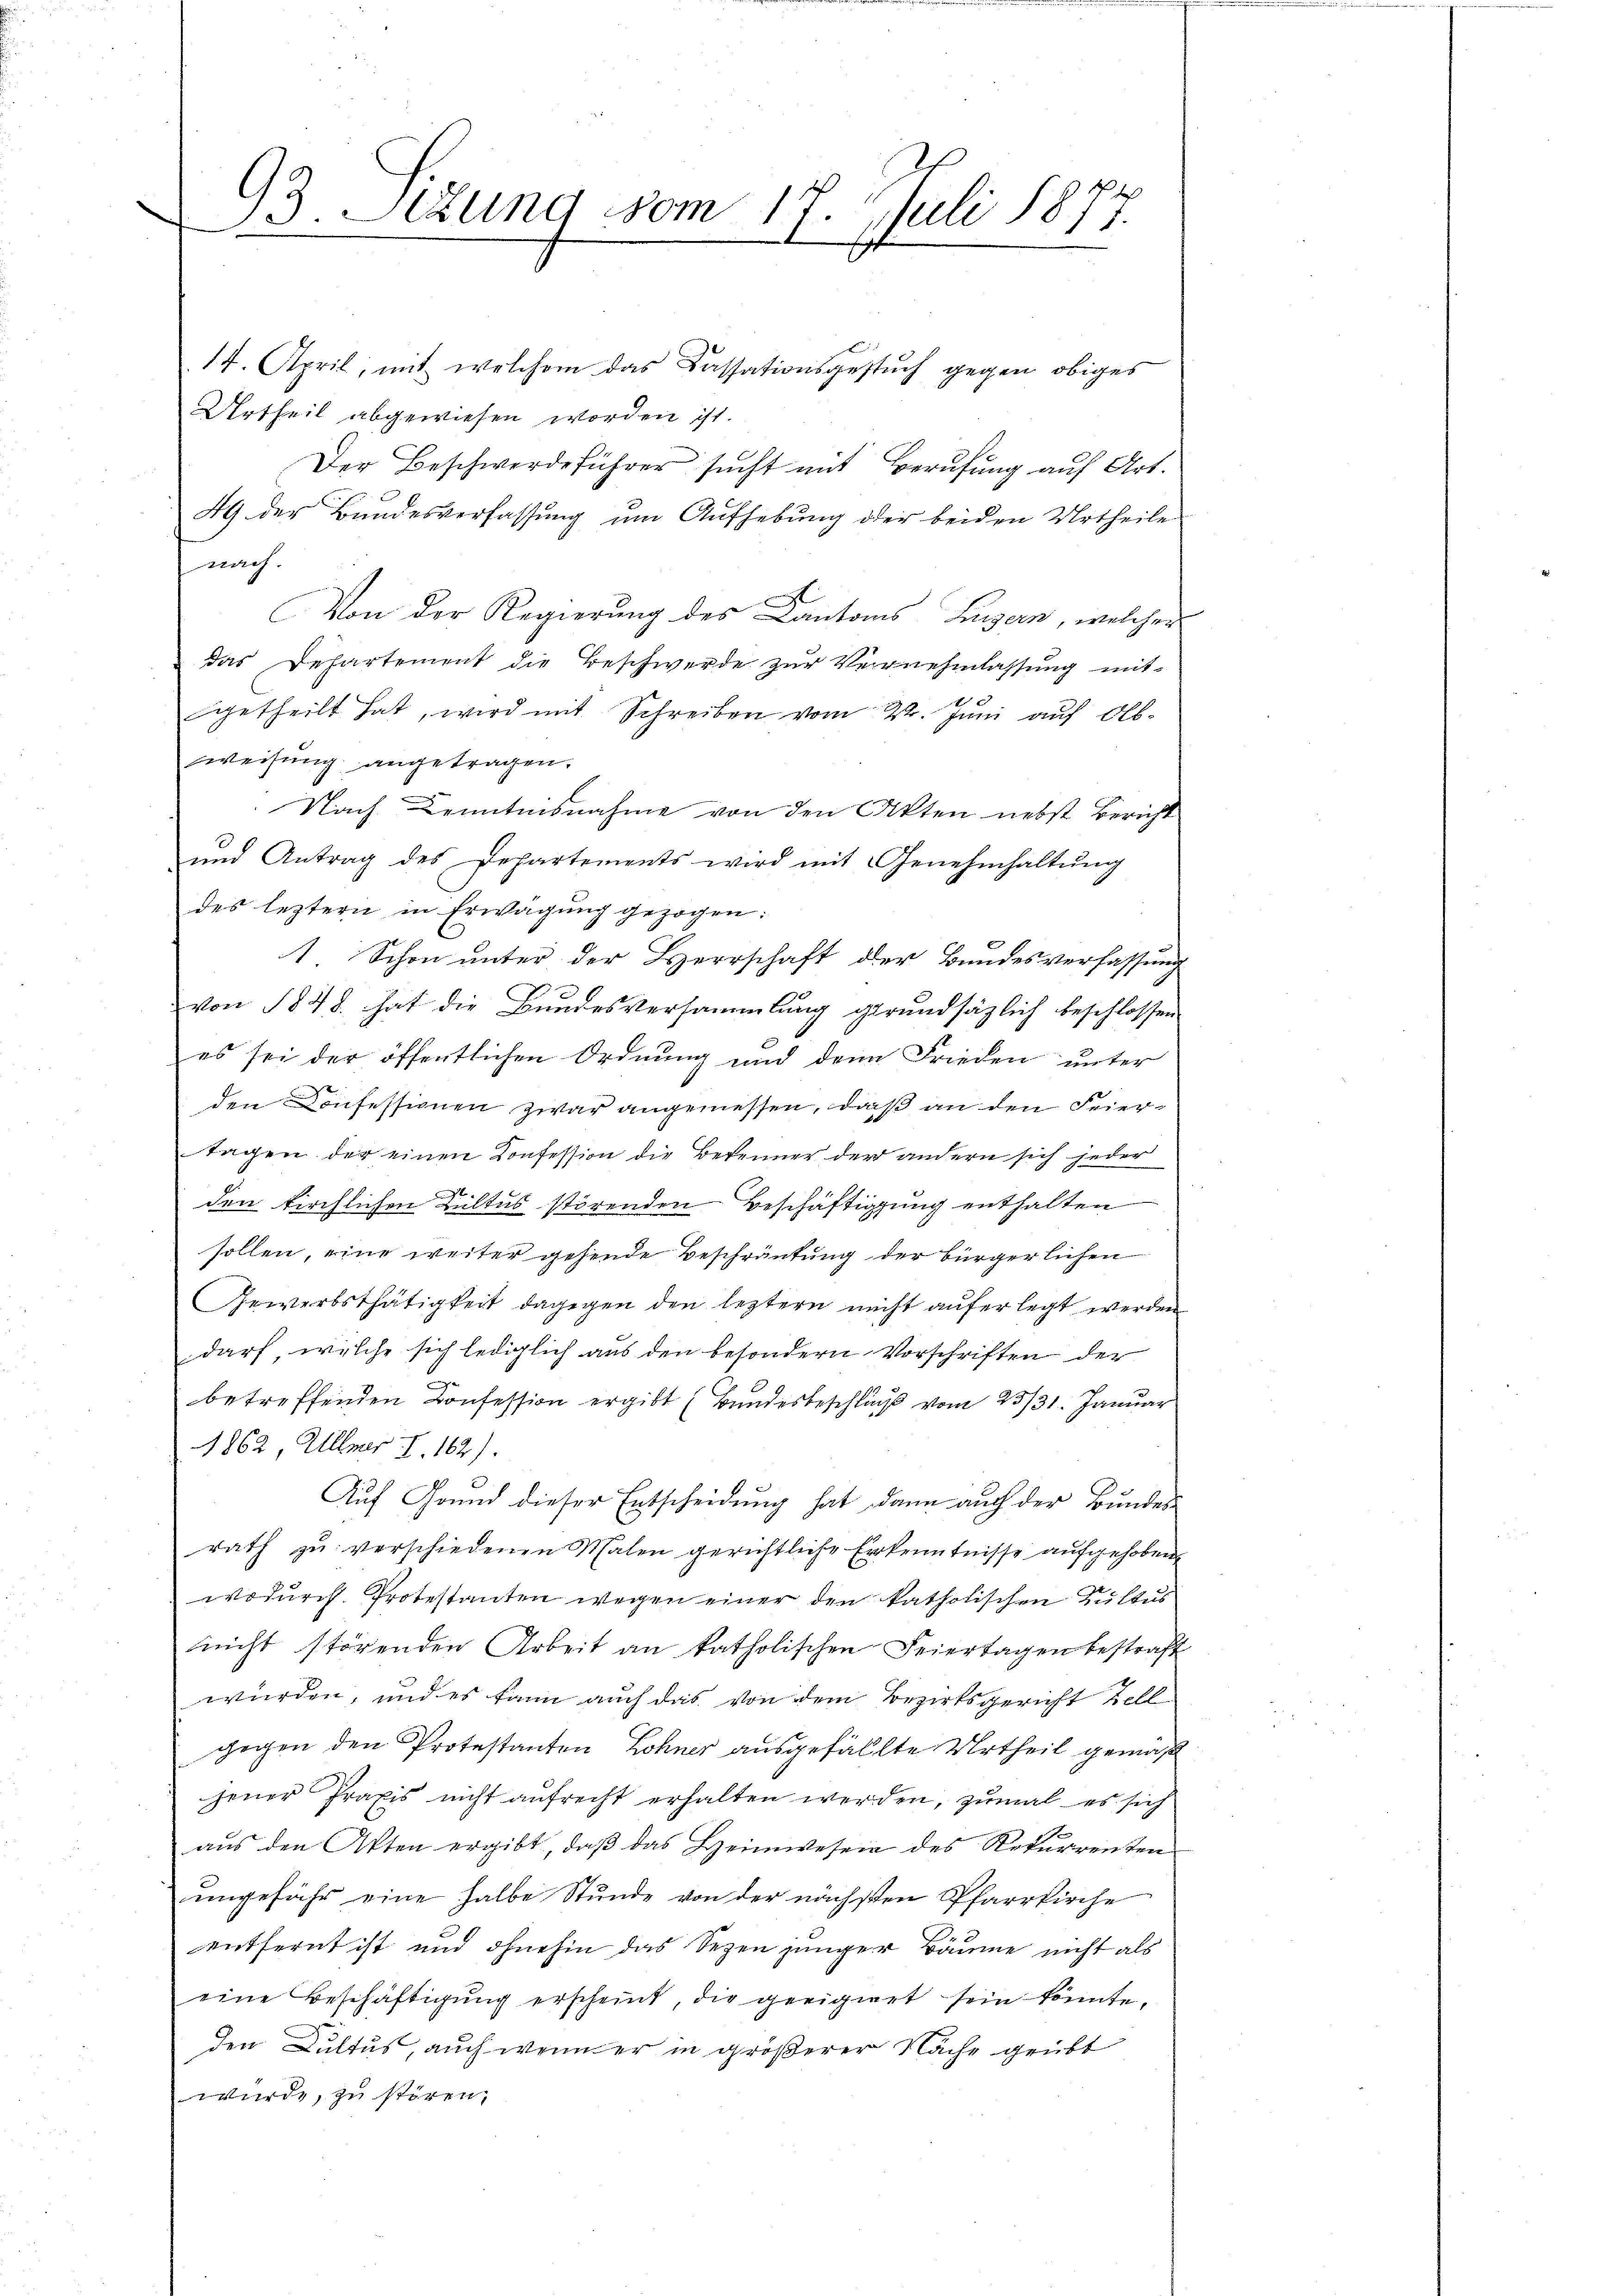
93. Sekung vom 17. Juli 1877.

14. April, mit welchem das Cassationsgestuch gegen obiges
Urtheil abgewiesen worden ist.
Der Beschwerdeführer sucht mit Berufung auf Art.
49 der Bandesverfassung um Aufhebung der beiden Urtheile
nach
Von der Regierung des Cantons Luzern, welcher
das Departement die Beschwerde zŭr Vernehmlassŭng mit
getheilt hat, wird mit Schreiben vom 22. Juni auf Obweisung angetragen.
 Nach Kenntnisnahme von den Akten nebst Bericht
und Antrag des Departements wird mit Genehmhaltŭng
des leztern in Erwägŭng gezogen:
1 Schon unter der Herrschaft der Bundesverfassung
von 1848 hat die Bundesversammlung gerundsätzlich beschlossen
es sei der öffentlichen Ordnung und den Frieden unter
den Confessionen zwar angemessen, daß an den Feiertagen der einen Konfession die Bekenner der andern sich jeder
den kirchlichen Kultus störenden Beschäftigung enthalten
sollen, eine weiter gehende Beschränkung der bürgerlichen
Gewerbsthätigkeit dagegen den leztern nicht aufer legt werden
darf, welche sich lediglich aus den besondern Vorschriften der
betreffenden Confession ergibt (Bundesbeschluß vom 23/31. Januar
1862, Ullmer I. 162).
Auf Grund dieser Entscheidung hat dann auch der Bundes
rath zŭ verschiedenen Malen gerichtliche Erkenntnisse aufgehobene
wodurch Protestanten wegen einer den katholischen Kultus
nicht störenden Arbeit an katholischen Feiertagen bestraf
würden, und es kann auch das von dem Bezirksgericht Zell
gegen den Protestanten Lohner ausgefällte Urtheil gemäß
jener Praxis nicht aufrecht erhalten werden, zumal es sich
aus den Akten ergibt, daβ das Heimwesen des Rekurrenten
eingefähr eine halbe Stunde von der nächsten Pfarrkirche
entfernt ist und ohnehin das Sezen junger Bäume nicht als
eine Beschäftigung erscheint, die geeignet sein könnte,
den Dultus, auch wenn er in größerer Nache grübt
wurde, zu stören,